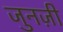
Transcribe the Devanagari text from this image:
जुनज़ी